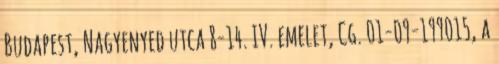
Budapest, Nagyenyed utca 8-14. IV. emelet, Cg. 01-09-199015, a